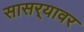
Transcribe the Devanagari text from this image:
सासर्‍यावर